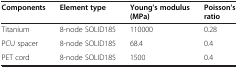
<table><thead><tr><td><b>Components</b></td><td><b>Element type</b></td><td><b>Young&#x27;s modulus (MPa)</b></td><td><b>Poisson&#x27;s ratio</b></td></tr></thead><tbody><tr><td>Titanium</td><td>8-node SOLID185</td><td>110000</td><td>0.28</td></tr><tr><td>PCU spacer</td><td>8-node SOLID185</td><td>68.4</td><td>0.4</td></tr><tr><td>PET cord</td><td>8-node SOLID185</td><td>1500</td><td>0.4</td></tr></tbody></table>